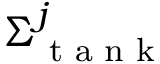
\Sigma _ { \textrm { t a n k } } ^ { j }